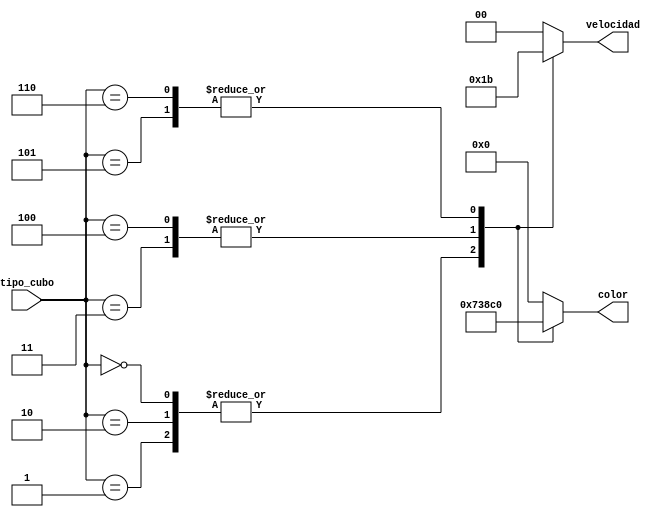
`timescale 1ns / 1ps

module deco_configuracion_cubos(
    input [2:0] tipo_cubo,
    output reg [7:0] color,
    output reg [1:0] velocidad
    );
	 

/*
0-2 es color rojo, el mas lento, vel = 1
3-4 es color verde, el medio, vel = 2
5-6 es color azul, el rapido vel = 3
*/	 
	 
	always @(*)
		begin
			case(tipo_cubo)
				0:
					begin
						velocidad = 2'b01;
						color = 8'b00000111;
					end
				1:
					begin
						velocidad = 2'b01;
						color = 8'b00000111;
					end
				2:
					begin
						velocidad = 2'b01;
						color = 8'b00000111;
					end
				3:
					begin
						velocidad = 2'b10;
						color = 8'b00111000;
					end
				4:
					begin
						velocidad = 2'b10;
						color = 8'b00111000;
					end
				5:
					begin
						velocidad = 2'b11;
						color = 8'b11000000;
					end
				6:
					begin
						velocidad = 2'b11;
						color = 8'b11000000;
					end
				default:
					begin
						color = 8'b0;
						velocidad = 2'b0;
					end
			endcase
		end


endmodule